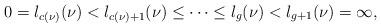
LaTeX: \begin{align*} 0= l_{c(\nu)}(\nu)< l_{c(\nu)+1}(\nu)\leq\cdots \leq l_g(\nu)<l_{g+1}(\nu)=\infty, \end{align*}